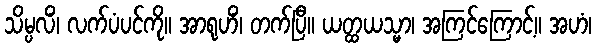
သိမ္ပလိံ၊ လက်ပံပင်ကို။ အာရုဟိံ၊ တက်ပြီ။ ယတ္ထယသ္မာ၊ အကြင်ကြောင့်။ အဟံ၊